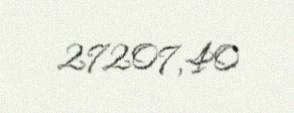
27207,40